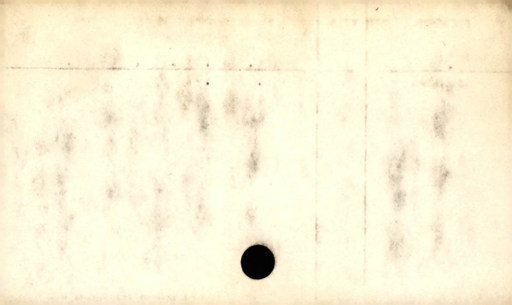
Label: blank